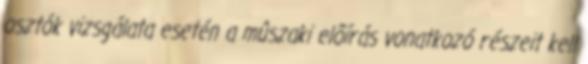
osztók vizsgálata esetén a mûszaki elõírás vonatkozó részeit kell